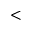
<